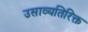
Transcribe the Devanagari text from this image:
उसाव्यतिरिक्त